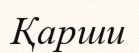
Қарши